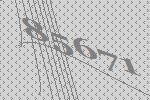
85671